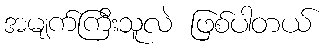
အမျက်ကြီးသူလဲ ဖြစ်ပါတယ်